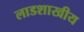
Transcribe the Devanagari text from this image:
लाडशाखीय